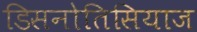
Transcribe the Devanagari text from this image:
डिसनोतिसियाज